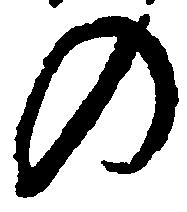
の